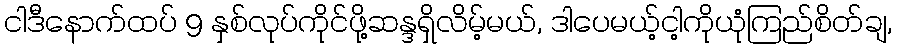
ငါဒီနောက်ထပ် 9 နှစ်လုပ်ကိုင်ဖို့ဆန္ဒရှိလိမ့်မယ်, ဒါပေမယ့်ငါ့ကိုယုံကြည်စိတ်ချ,